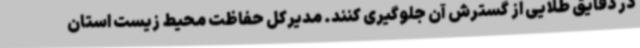
در دقایق طلایی از گسترش آن جلوگیری کنند. مدیرکل حفاظت محیط زیست استان